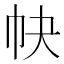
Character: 𢁪